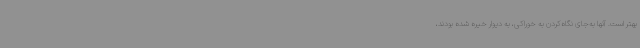
بهتر است. آنها به‌جای نگاه‌کردن به خوراکی، به دیوار خیره شده بودند،